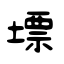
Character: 墂